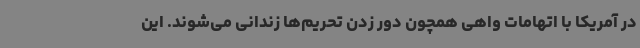
در آمریکا با اتهامات واهی همچون دور زدن تحریم‌ها زندانی می‌شوند. این